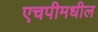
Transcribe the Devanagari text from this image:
एचपीमधील